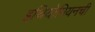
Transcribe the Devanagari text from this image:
इथियोपियनची